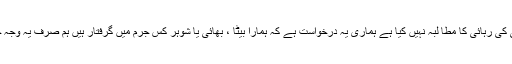
انعام الرحیم نے کہا کہ انہوں نے عدالت سے استدعا کہ ” انہوں نے کسی کی رہائی کا مطا لبہ نہیں کیا ہے ہماری یہ درخواست ہے کہ ہمارا بیٹا ، بھائی یا شوہر کس جرم میں گرفتار ہیں ہم صرف یہ وجہ جاننا چاہتے ہیں کہ انہیں کس قانون کے تحت حراست میں رکھا گیا ہے۔